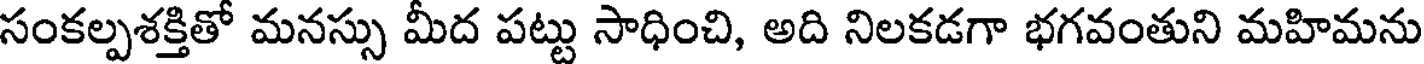
సంకల్పశక్తితో మనస్సు మీద పట్టు సాధించి, అది నిలకడగా భగవంతుని మహిమను